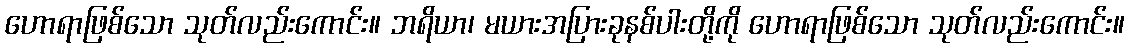
ဟောရာဖြစ်သော သုတ်လည်းကောင်း။ ဘရိယာ၊ မယားအပြားခုနစ်ပါးတို့ကို ဟောရာဖြစ်သော သုတ်လည်းကောင်း။